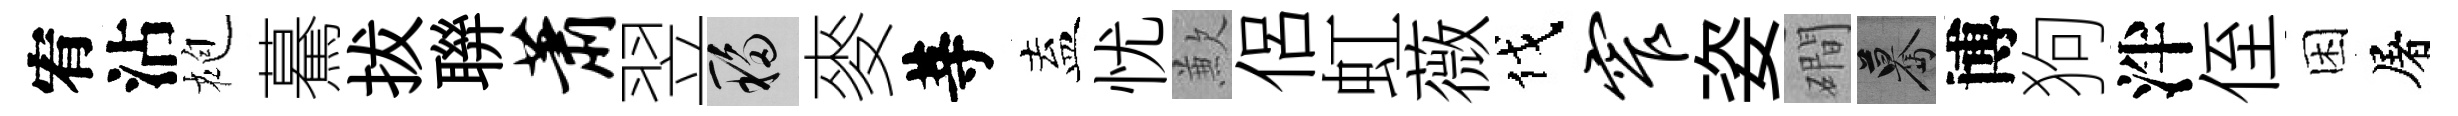
宥沾袍驀拔聨萧翌移麥䓁盍忧歉侶虹薇伐窄姿磵驀博狗泮侄困屠